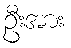
ဦးအား